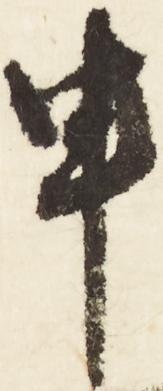
申